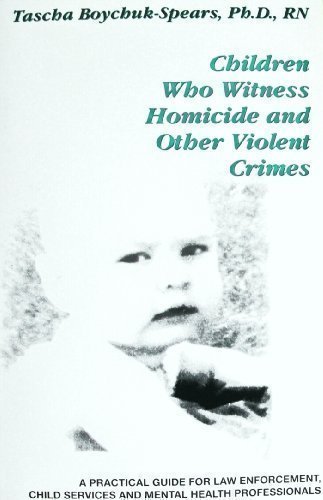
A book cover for Children Who Witness Homicide and Other Violent Crimes: A Practical Guide for Law Enforcement, Child Services and Mental Health Professionals (A Practical Guide Series); Tascha Boychuk-Spears; Law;